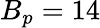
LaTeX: B_{p}=14